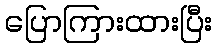
ပြောကြားထားပြီး